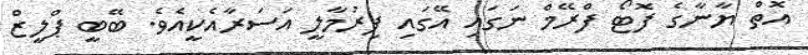
އޮތް ޔާނާގެ ފޮޓޯ ފްރޭމް ނަގައި އޭގައި ފިރުމާލީ އަސަރާއެކީއެވެ. ބޭބީ ޕްލީޒް